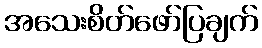
အသေးစိတ်ဖော်ပြချက်